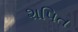
શપિત